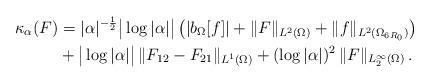
LaTeX: \begin{align*}\kappa_\alpha (F) & =|\alpha|^{-\frac{1}{2}} \big |\log |\alpha| \big |\, \big ( |b_\Omega [f]| + \| F \|_{L^2 (\Omega)} + \| f \|_{L^2 (\Omega_{6 R_0})} \big )\\& + \big |\log |\alpha| \big | \, \| F_{12}-F_{21} \|_{L^1 (\Omega)} + (\log |\alpha|)^2 \, \| F \|_{L^\infty_{2}(\Omega)}\,.\end{align*}